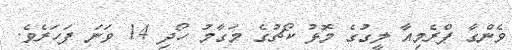
ވެންގާ ޕްރެމިއާ ލީގުގެ މޮޅު ކޯޗުގެ މަގާމު ހޯދި 14 ވަނަ ފަހަރެވެ.